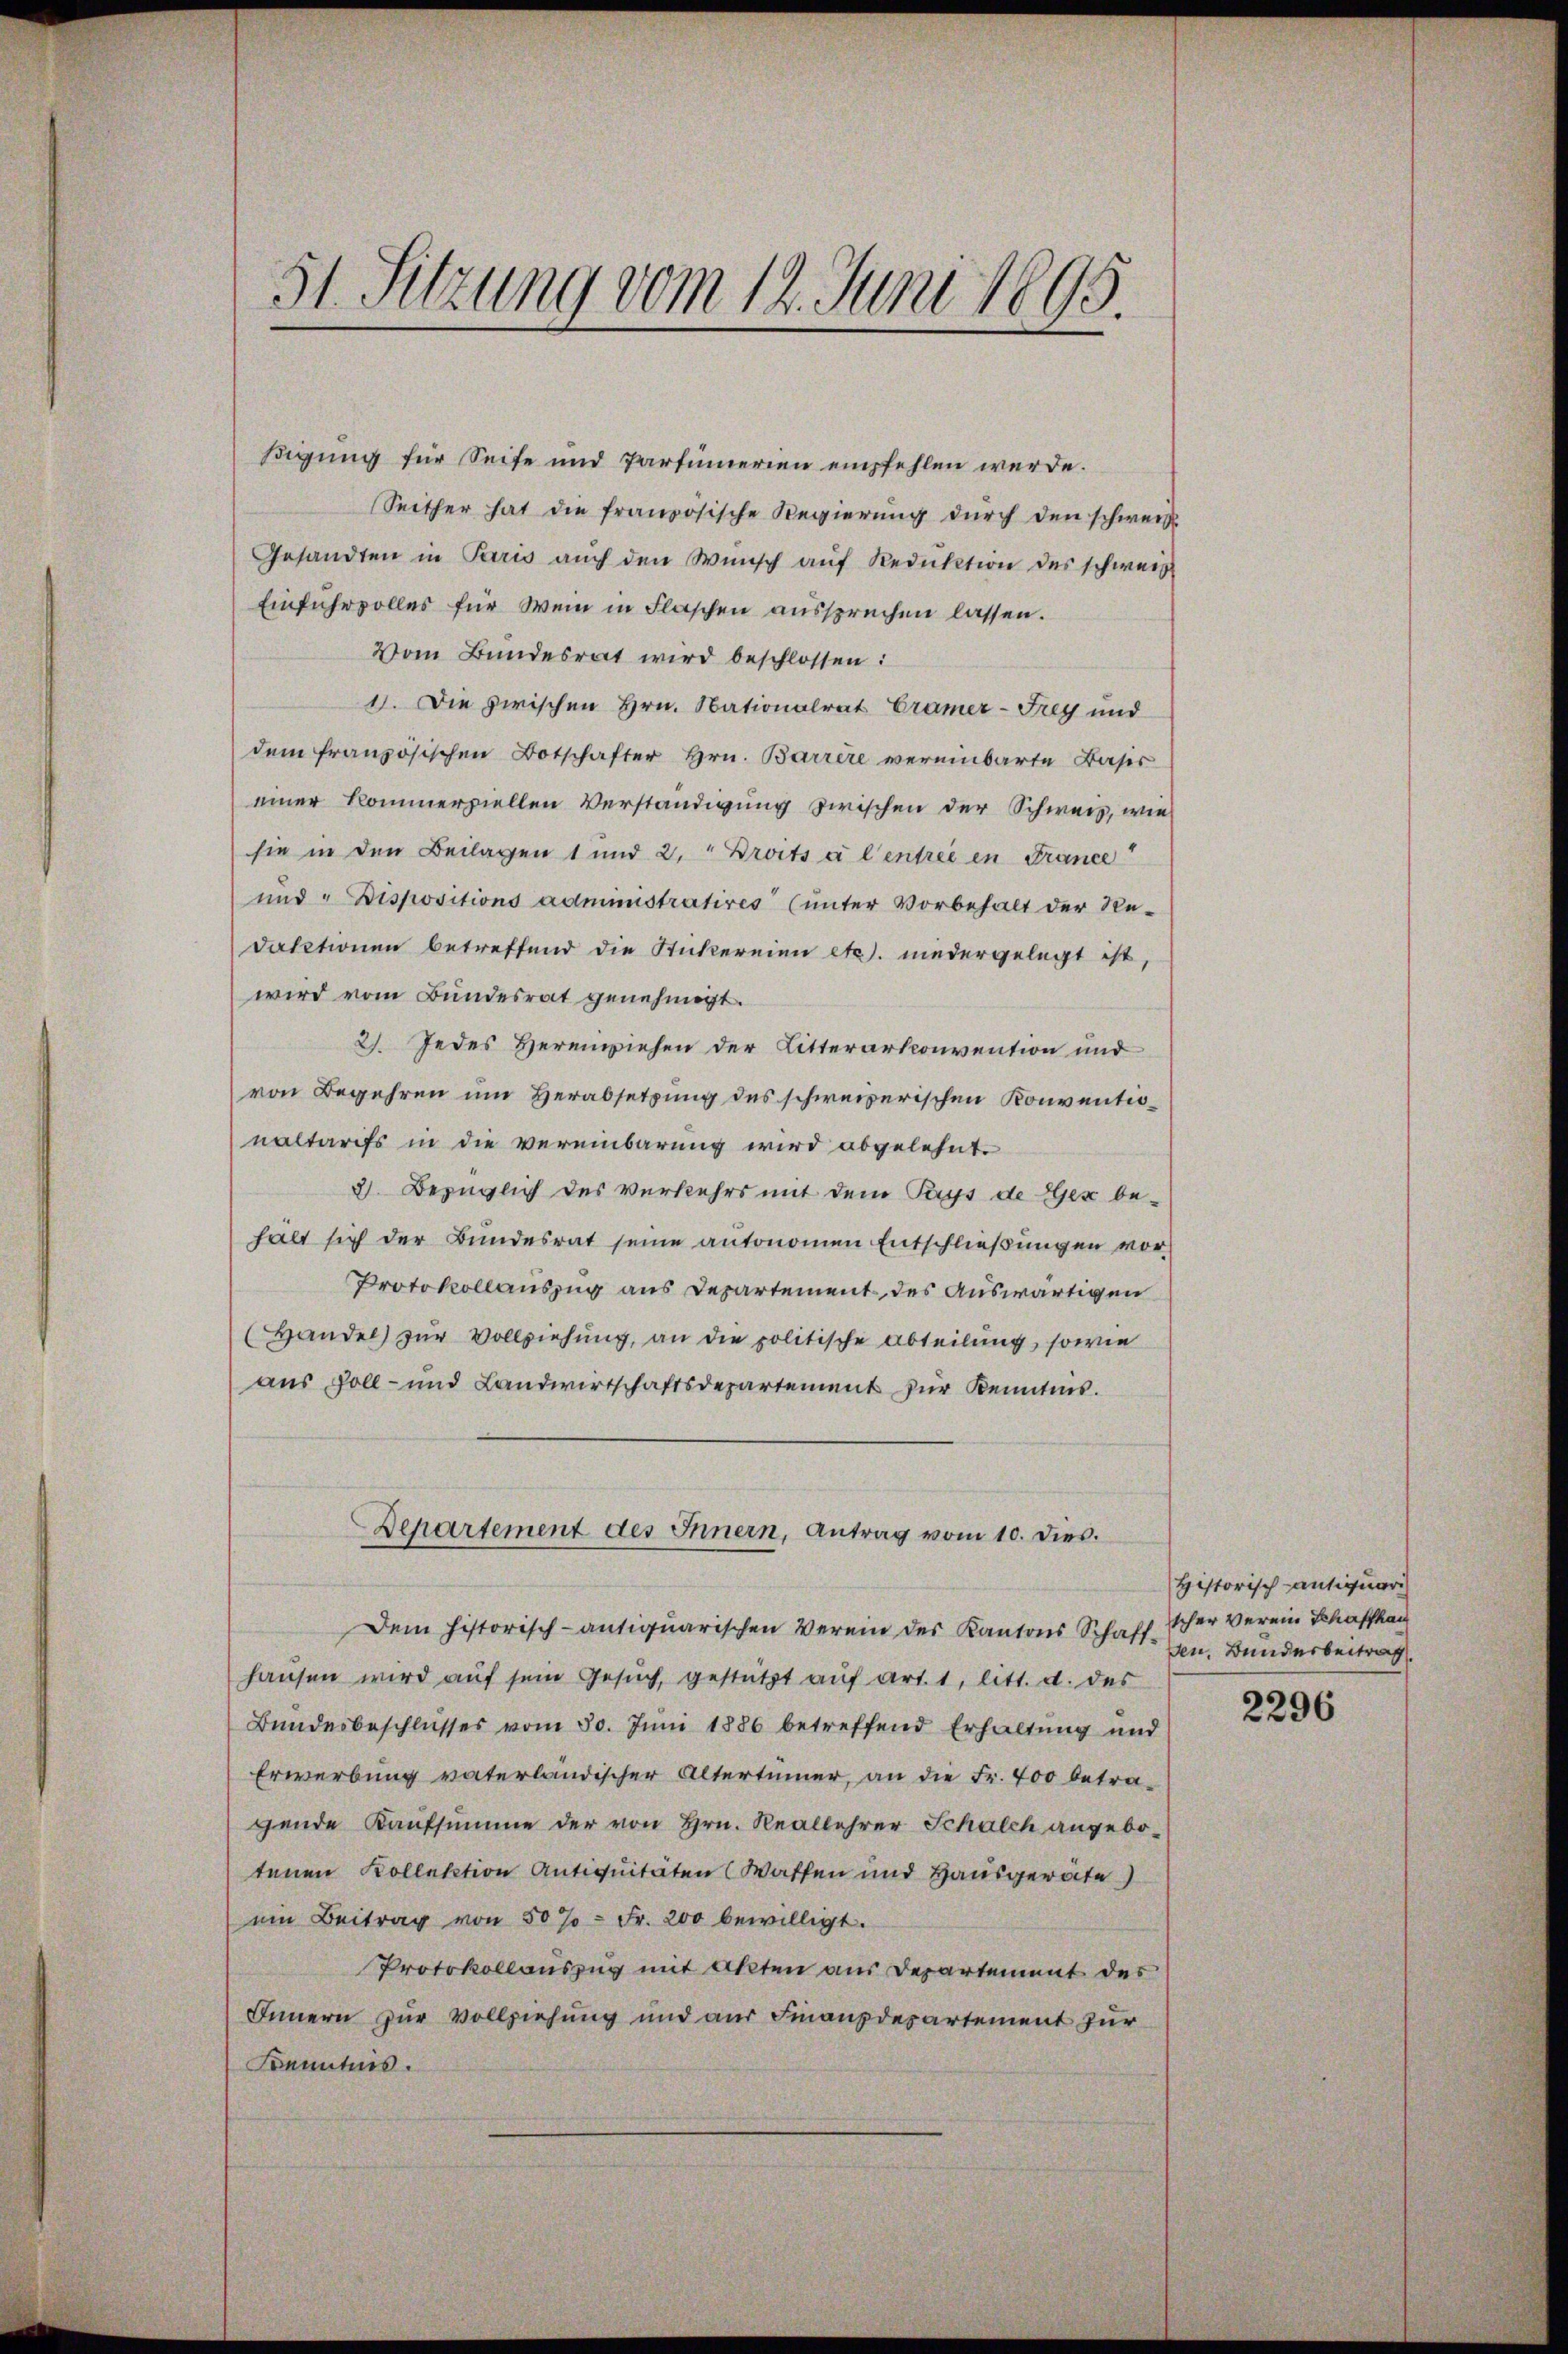
51. Sitzung vom 12. Juni 1895.

igung für Seife und Partümerien empfehlen werde.
Seither hat die französische Regierung durch den schwerz
Gesandten in Paris auch den Wunsch auf Reduktion des schweiz
Einfuhrvolles für Wein in Flaschen aussprechen lassen.
Vom Bundesrat wird beschlossen:
1). Die zwischen Hrn. Nationalrat Cramer-Frey und
dem französischen Botschafter Hrn. Barrire vereinbarte Bases
einer kommerziellen Verständigung zwischen der Schweiz, wie
sie in den Beilagen 1 und 2. " Droits à l’entrée en France
und " Dispositions administratives (unter Vorbehalt der Re-
daktionen betreffend die Stickereien etc. niedergelegt ist,
wird vom Bundesrat genehmigt.
2). Jedes Herenziehen der Litterartconvention und
von Begehren um Herabsetzung des schweizerischen Konventionaltarifs in die vereinbarung wird abgelehnt.
3. Bezüglich des verkehrs mit dem Pays de Gex behält sich der Bundesrat seine antonomen Entschließungen vor
Protokollauszug aus Departement des auswärtigen
(Handel zur Vollziehung, an die politische Abteilung, sowie
aus Soll- und Landwirtschaftsdepartement zur Kenntnis.
Departement des Innern, Antrag vom 10. dies.
Dem historisch-antiquarischen Verein des Kantons Schaffhausen wird auf sein Gesuch, gestützt auf Art. 1, litt. d. des
Bundesbeschlusses vom 30. Juni 1886 betreffend Erhaltung und
Erwerbung vaterländischer Altertümer, an die Fr. 400 betra-
gende Kaufsumme der von Hrn. Reallehrer Schalch angebotenen Kollektion Antiquitäten (Waffen und Hausgeräte
ŭm Beitrag von 50% = Fr. 200 bewilligt.
Protokollauszug mit Akten aus Departement des
Innern zur Vollziehung und aus Finanzdepartement zur
Kenntnis.

Historisch-antiquar
scher Verein Schaffhaus
sen. Bunderbeitrag.

2296